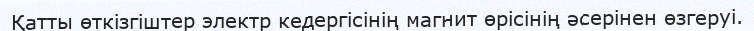
Қатты өткізгіштер электр кедергісінің магнит өрісінің әсерінен өзгеруі.